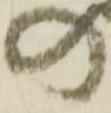
の